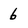
Character: 6